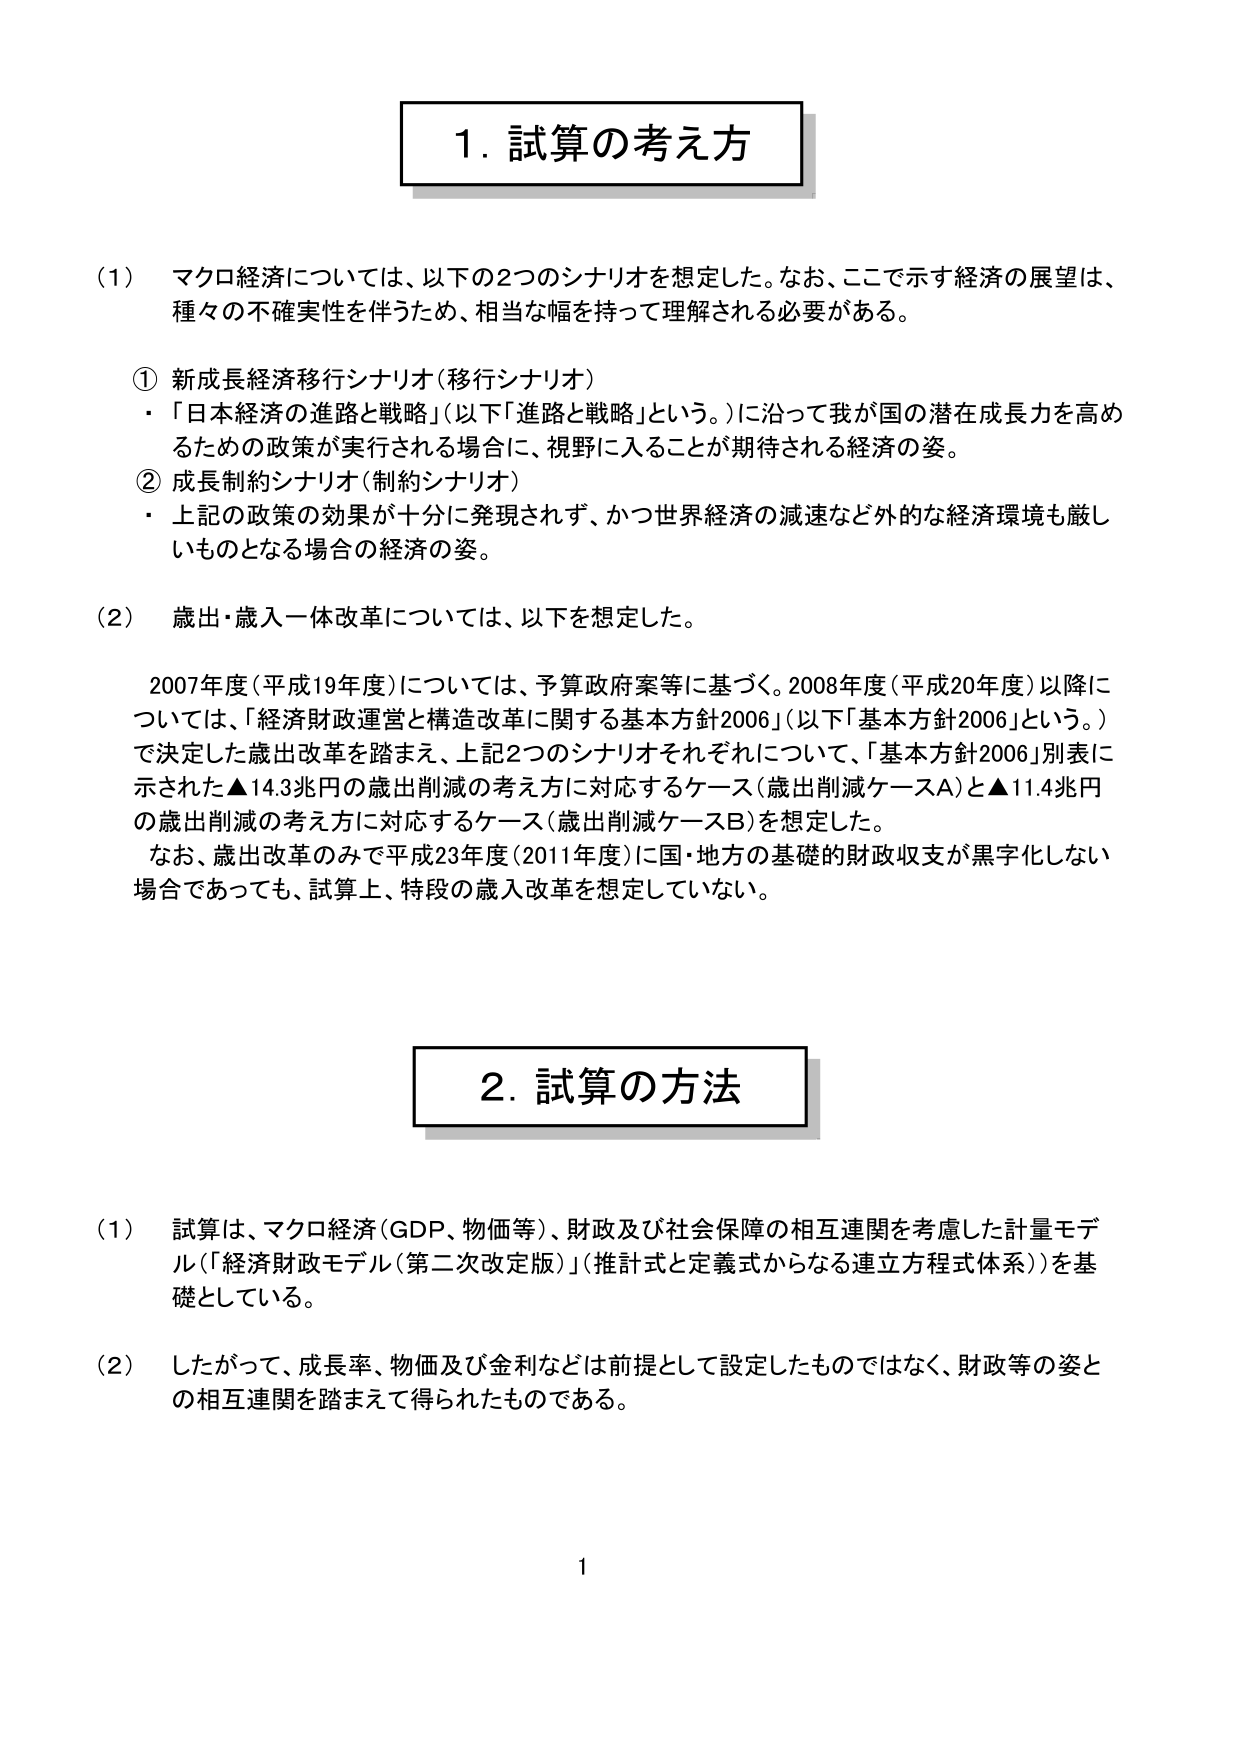
1. 試算の考え方

(1) マクロ経済については、以下の2つのシナリオを想定した。なお、ここで示す経済の展望は、種々の不確実性を伴うため、相当な幅を持って理解される必要がある。

① 新成長経済移行シナリオ（移行シナリオ）
・「日本経済の進路と戦略」（以下「進路と戦略」という。）に沿って我が国の潜在成長力を高めるための政策が実行される場合に、視野に入ることが期待される経済の姿。

② 成長制約シナリオ（制約シナリオ）
・上記の政策の効果が十分に発現されず、かつ世界経済の減速など外的な経済環境も厳しいものとなる場合の経済の姿。

(2) 歳出・歳入一体改革については、以下を想定した。

2007年度（平成19年度）については、予算政府案等に基づく。2008年度（平成20年度）以降については、「経済財政運営と構造改革に関する基本方針2006」（以下「基本方針2006」という。）で決定した歳出改革を踏まえ、上記2つのシナリオそれぞれについて、「基本方針2006」別表に示された▲14.3兆円の歳出削減の考え方に対応するケース（歳出削減ケースA）と▲11.4兆円の歳出削減の考え方に対応するケース（歳出削減ケースB）を想定した。

なお、歳出改革のみで平成23年度（2011年度）に国・地方の基礎的財政収支が黒字化しない場合であっても、試算上、特段の歳入改革を想定していない。

2. 試算の方法

(1) 試算は、マクロ経済（GDP、物価等）、財政及び社会保障の相互連関を考慮した計量モデル（「経済財政モデル（第二次改定版）」（推計式と定義式からなる連立方程式体系））を基礎としている。

(2) したがって、成長率、物価及び金利などは前提として設定したものではなく、財政等の姿との相互連関を踏まえて得られたものである。

1